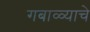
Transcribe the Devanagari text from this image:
गबाळ्याचे